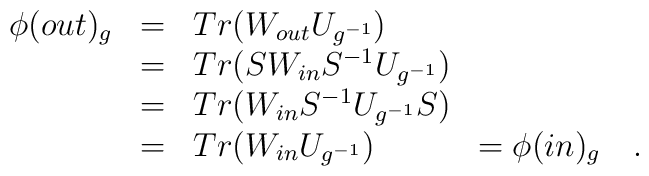
\begin{array}{llll} \nonumber \phi(out)_g &=& Tr(W_{out}U_{g^{-1}})& \\             &=& Tr(SW_{in} S^{-1} U_{g^{-1}}) & \\             &=& Tr(W_{in} S^{-1} U_{g^{-1}} S) & \\             &=& Tr(W_{in} U_{g^{-1}})         &= \phi(in)_g  \quad . \\ \end{array}